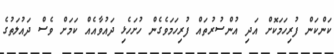
ކަންކަން ފުރިހަމަކޮށް އަދި އުންސުރުތައް ފުރިހަމަވެގެން ހުށަހެޅި ދައުވާއެއް ކަމަށް ވެސް ދައުލަތުގެ